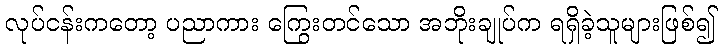
လုပ်ငန်းကတော့ ပညာကား ကြွေးတင်သော အဘိုးချုပ်က ရရှိခဲ့သူများဖြစ်၍